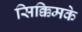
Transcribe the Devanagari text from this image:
सिक्किमके